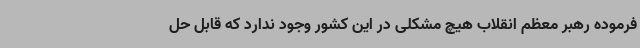
فرموده رهبر معظم انقلاب هیچ مشکلی در این کشور وجود ندارد که قابل حل